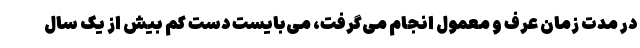
در مدت زمان عرف و معمول انجام می‌گرفت، می‌بایست دست کم بیش از یک سال